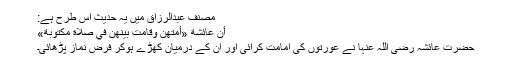
مصنف عبدالرزاق میں یہ حدیث اس طرح ہے:
أَنَّ عَائِشَةَ «أَمَّتْهُنَّ وَقَامَتْ بَيْنَهُنَّ فِي صَلَاةٍ مَكْتُوبَةٍ»
حضرت عائشہ رضی اللہ عنہا نے عورتوں کی امامت کرائی اور ان کے درمیان کھڑے ہوکر فرض نماز پڑھائی۔